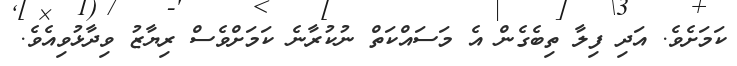
ކަމަށެވެ. އަދި ފިލާ ތިބެގެން އެ މަސައްކަތް ނުކުރާނެ ކަމަށްވެސް ރިޔާޒު ވިދާޅުވިއެވެ.